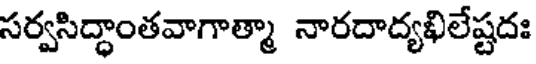
సర్వసిద్ధాంతవాగాత్మా నారదాద్యఖిలేష్టదః